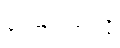
ကောင်းသလို